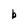
Character: b